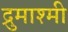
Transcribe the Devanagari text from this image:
द्रुमाश्मी